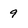
Character: 9